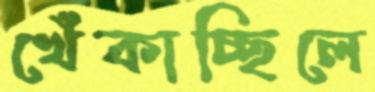
খেঁকাচ্ছিলে